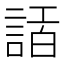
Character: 𧨿